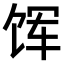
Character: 𫗥